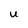
Character: U